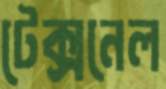
টেক্সনেল